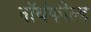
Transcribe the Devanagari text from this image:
नॉर्थफील्ड